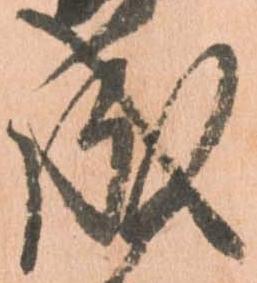
成